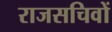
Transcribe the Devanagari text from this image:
राजसचिवों